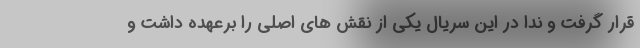
قرار گرفت و ندا در این سریال یکی از نقش های اصلی را برعهده داشت و